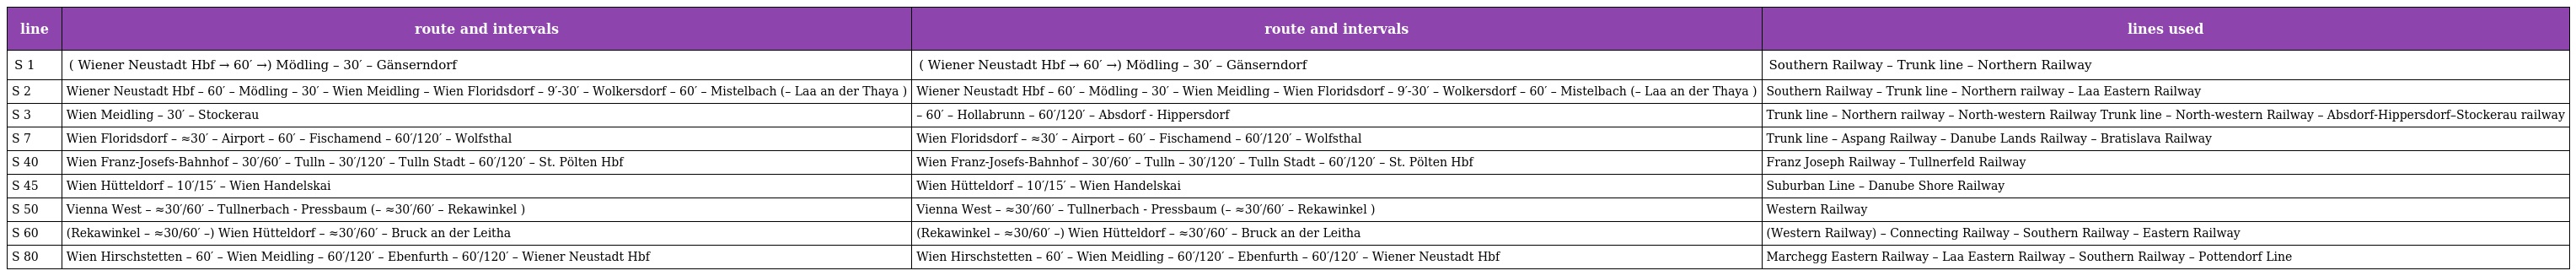
| line | route and intervals | route and intervals | lines used |
 | --- | --- | --- | --- |
 | S 1 | ( Wiener Neustadt Hbf → 60′ →) Mödling – 30′ – Gänserndorf | ( Wiener Neustadt Hbf → 60′ →) Mödling – 30′ – Gänserndorf | Southern Railway – Trunk line – Northern Railway |
 | S 2 | Wiener Neustadt Hbf – 60′ – Mödling – 30′ – Wien Meidling – Wien Floridsdorf – 9′-30′ – Wolkersdorf – 60′ – Mistelbach (– Laa an der Thaya ) | Wiener Neustadt Hbf – 60′ – Mödling – 30′ – Wien Meidling – Wien Floridsdorf – 9′-30′ – Wolkersdorf – 60′ – Mistelbach (– Laa an der Thaya ) | Southern Railway – Trunk line – Northern railway – Laa Eastern Railway |
 | S 3 | Wien Meidling – 30′ – Stockerau | – 60′ – Hollabrunn – 60′/120′ – Absdorf - Hippersdorf | Trunk line – Northern railway – North-western Railway Trunk line – North-western Railway – Absdorf-Hippersdorf–Stockerau railway |
 | S 7 | Wien Floridsdorf – ≈30′ – Airport – 60′ – Fischamend – 60′/120′ – Wolfsthal | Wien Floridsdorf – ≈30′ – Airport – 60′ – Fischamend – 60′/120′ – Wolfsthal | Trunk line – Aspang Railway – Danube Lands Railway – Bratislava Railway |
 | S 40 | Wien Franz-Josefs-Bahnhof – 30′/60′ – Tulln – 30′/120′ – Tulln Stadt – 60′/120′ – St. Pölten Hbf | Wien Franz-Josefs-Bahnhof – 30′/60′ – Tulln – 30′/120′ – Tulln Stadt – 60′/120′ – St. Pölten Hbf | Franz Joseph Railway – Tullnerfeld Railway |
 | S 45 | Wien Hütteldorf – 10′/15′ – Wien Handelskai | Wien Hütteldorf – 10′/15′ – Wien Handelskai | Suburban Line – Danube Shore Railway |
 | S 50 | Vienna West – ≈30′/60′ – Tullnerbach - Pressbaum (– ≈30′/60′ – Rekawinkel ) | Vienna West – ≈30′/60′ – Tullnerbach - Pressbaum (– ≈30′/60′ – Rekawinkel ) | Western Railway |
 | S 60 | (Rekawinkel – ≈30/60′ –) Wien Hütteldorf – ≈30′/60′ – Bruck an der Leitha | (Rekawinkel – ≈30/60′ –) Wien Hütteldorf – ≈30′/60′ – Bruck an der Leitha | (Western Railway) – Connecting Railway – Southern Railway – Eastern Railway |
 | S 80 | Wien Hirschstetten – 60′ – Wien Meidling – 60′/120′ – Ebenfurth – 60′/120′ – Wiener Neustadt Hbf | Wien Hirschstetten – 60′ – Wien Meidling – 60′/120′ – Ebenfurth – 60′/120′ – Wiener Neustadt Hbf | Marchegg Eastern Railway – Laa Eastern Railway – Southern Railway – Pottendorf Line |